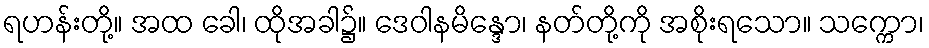
ရဟန်းတို့။ အထ ခေါ၊ ထိုအခါ၌။ ဒေဝါနမိန္ဒော၊ နတ်တို့ကို အစိုးရသော။ သက္ကော၊